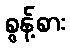
စွန့်စား